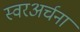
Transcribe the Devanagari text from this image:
स्वरअर्चना